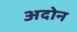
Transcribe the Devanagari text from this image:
अदोन